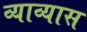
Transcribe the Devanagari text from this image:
व्याव्यास